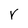
Character: r